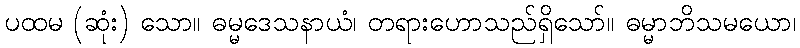
ပထမ (ဆုံး) သော။ ဓမ္မဒေသနာယံ၊ တရားဟောသည်ရှိသော်။ ဓမ္မာဘိသမယော၊